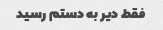
فقط دیر به دستم رسید